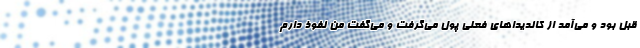
قبل بود و می‌آمد از کاندیداهای فعلی پول می‌گرفت و می‌گفت من نفوذ دارم